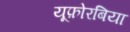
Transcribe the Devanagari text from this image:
यूफ़ोरबिया